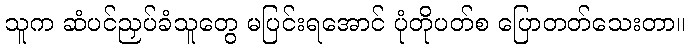
သူက ဆံပင်ညှပ်ခံသူတွေ မပြင်းရအောင် ပုံတိုပတ်စ ပြောတတ်သေးတာ။